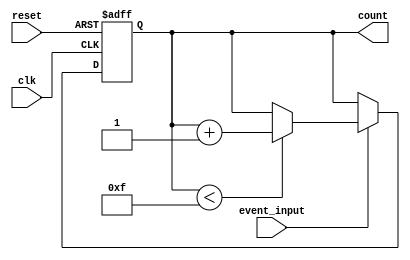
module EventCounter (
    input wire clk,           // Clock signal
    input wire reset,         // Active-high reset signal
    input wire event_input,   // Event signal to trigger counting
    output reg [3:0] count    // 4-bit counter output
);

// State transition for the counter
always @(posedge clk or posedge reset) begin
    if (reset) begin
        // Reset the counter to zero
        count <= 4'b0000;
    end else begin
        // Detect rising edge on the event_input to increment the counter
        if (event_input) begin
            // Check for maximum count (15 for a 4-bit counter)
            if (count < 4'b1111) begin
                count <= count + 1'b1; // Increment the counter
            end
        end
    end
end

endmodule